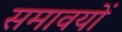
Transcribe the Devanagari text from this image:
समावयों